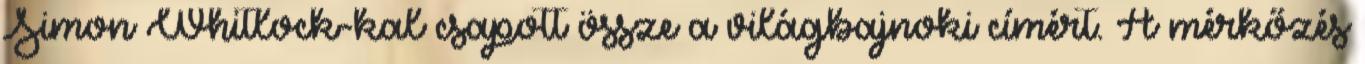
Simon Whitlock-kal csapott össze a világbajnoki címért. A mérkőzés